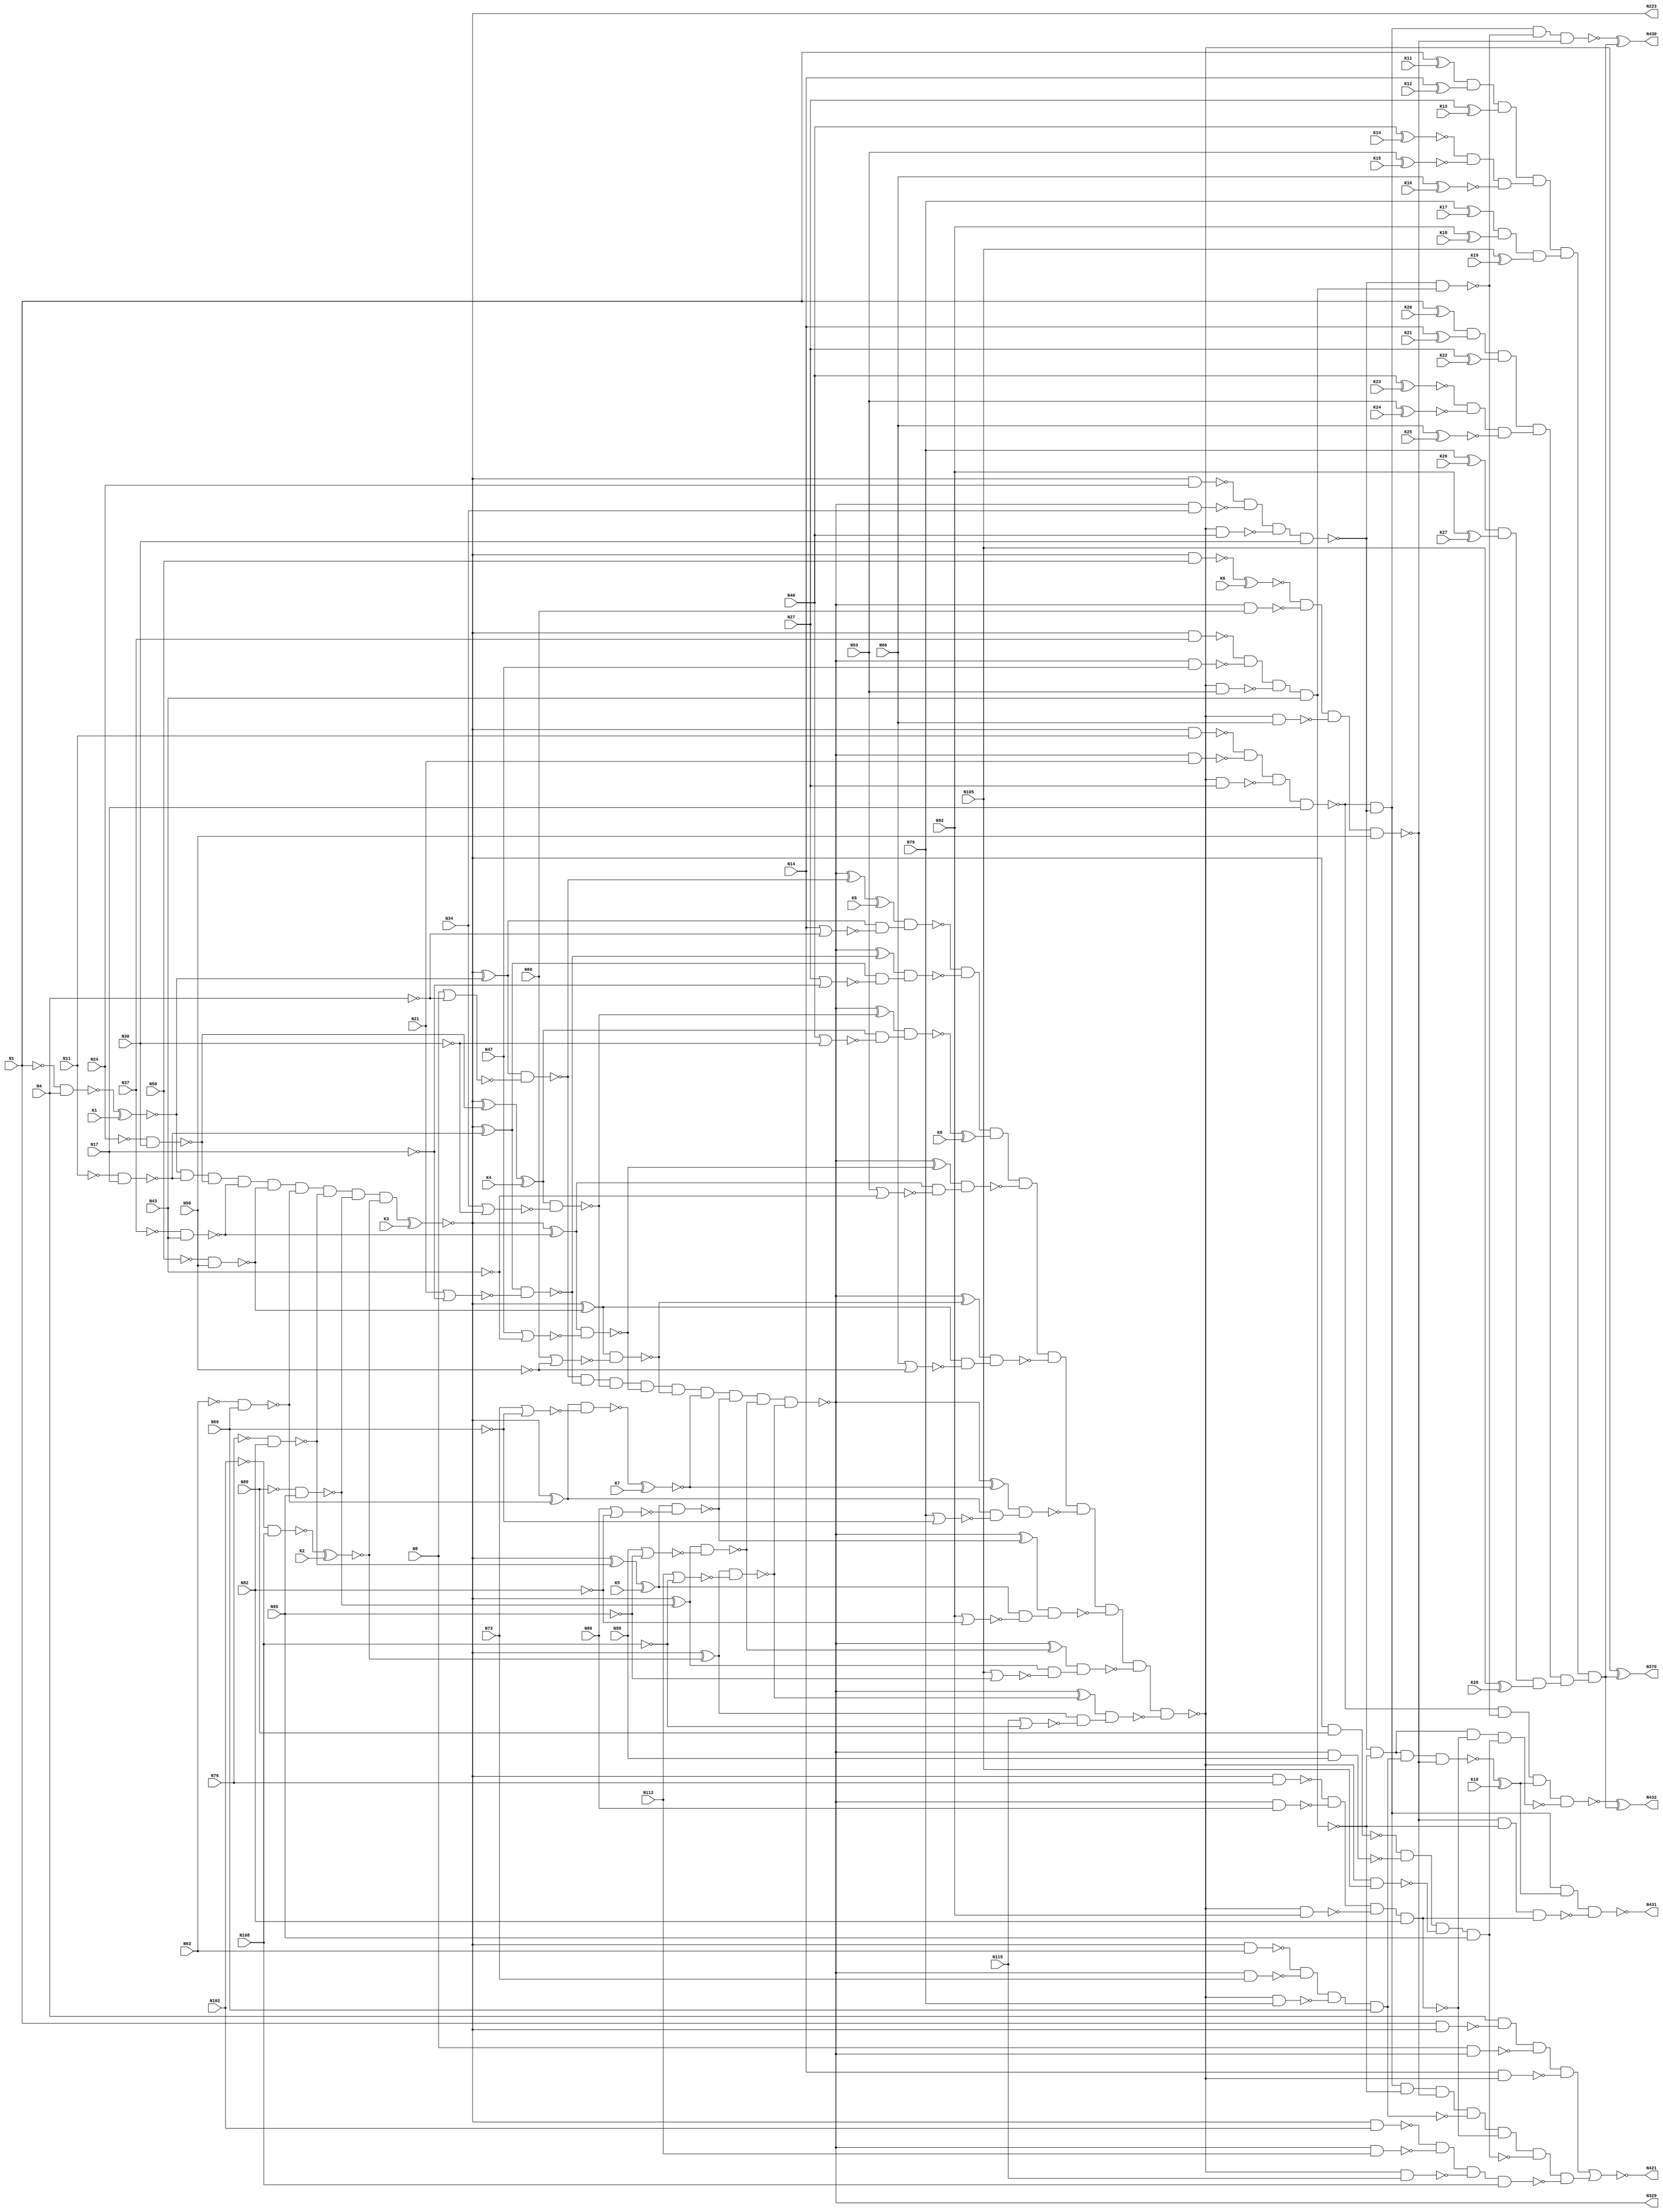
`timescale 1ns / 1ps
//////////////////////////////////////////////////////////////////////////////////
// Company: 
// Engineer: 
// 
// Design Name: 
// Module Name: c432
// Project Name: 
// Target Devices: 
// Tool Versions: 
// Description: 
// 
// Dependencies: 
// 
// Revision:
// Revision 0.01 - File Created
// Additional Comments:
// 
//////////////////////////////////////////////////////////////////////////////////


module c432_antisat (N1,N4,N8,N11,N14,N17,N21,N24,N27,N30,
             N34,N37,N40,N43,N47,N50,N53,N56,N60,N63,
             N66,N69,N73,N76,N79,N82,N86,N89,N92,N95,
             N99,N102,N105,N108,N112,N115,K1,K2,K3,K4,K5,K6,K7,K8,K9,K10,K11,K12,K13,K14,K15,K16,K17,K18,K19,K20,K21,K22,K23,K24,K25,K26,K27,K28,N223,N329,N370,N421,
             N430,N431,N432);

input N1,N4,N8,N11,N14,N17,N21,N24,N27,N30,
      N34,N37,N40,N43,N47,N50,N53,N56,N60,N63,
      N66,N69,N73,N76,N79,N82,N86,N89,N92,N95,
      N99,N102,N105,N108,N112,N115,K1,K2,K3,K4,K5,K6,K7,K8,K9,K10,K11,K12,K13,K14,K15,K16,K17,K18,K19,K20,K21,K22,K23,K24,K25,K26,K27,K28;

output N223,N329,N370,N421,N430,N431,N432;

wire N118,N119,N122,N123,N126,N127,N130,N131,N134,N135,
     N138,N139,N142,N143,N146,N147,N150,N151,N154,N157,
     N158,N159,N162,N165,N168,N171,N174,N177,N180,N183,
     N184,N185,N186,N187,N188,N189,N190,N191,N192,N193,
     N194,N195,N196,N197,N198,N199,N203,N213,N224,N227,
     N230,N233,N236,N239,N242,N243,N246,N247,N250,N251,
     N254,N255,N256,N257,N258,N259,N260,N263,N264,N267,
     N270,N273,N276,N279,N282,N285,N288,N289,N290,N291,
     N292,N293,N294,N295,N296,N300,N301,N302,N303,N304,
     N305,N306,N307,N308,N309,N319,N330,N331,N332,N333,
     N334,N335,N336,N337,N338,N339,N340,N341,N342,N343,
     N344,N345,N346,N347,N348,N349,N350,N351,N352,N353,
     N354,N355,N356,N357,N360,N371,N372,N373,N374,N375,
     N376,N377,N378,N379,N380,N381,N386,N393,N399,N404,
     N407,N411,N414,N415,N416,N417,N418,N419,N420,N422,
     N425,N428,N429;

not NOT1_1 (N118, N1);
not NOT1_2 (N119, N4);
not NOT1_3 (N122, N11);
not NOT1_4 (N123, N17);
not NOT1_5 (N126, N24);
not NOT1_6 (N127, N30);
not NOT1_7 (N130, N37);
not NOT1_8 (N131, N43);
not NOT1_9 (N134, N50);
not NOT1_10 (N135, N56);
not NOT1_11 (N138, N63);
not NOT1_12 (N139, N69);
not NOT1_13 (N142, N76);
not NOT1_14 (N143, N82);
not NOT1_15 (N146, N89);
not NOT1_16 (N147, N95);
not NOT1_17 (N150, N102);
not NOT1_18 (N151, N108);
nand NAND2_19 (N154, N118, N4);
nor NOR2_20 (N157, N8, N119);
nor NOR2_21 (N158, N14, N119);
nand NAND2_22 (N159, N122, N17);
nand NAND2_23 (N162, N126, N30);
nand NAND2_24 (N165, N130, N43);
nand NAND2_25 (N168, N134, N56);
nand NAND2_26 (N171, N138, N69);
nand NAND2_27 (N174, N142, N82);
nand NAND2_28 (N177, N146, N95);
nand NAND2_29 (N180, N150, N108);
nor NOR2_30 (N183, N21, N123);
nor NOR2_31 (N184, N27, N123);
nor NOR2_32 (N185, N34, N127);
nor NOR2_33 (N186, N40, N127);
nor NOR2_34 (N187, N47, N131);
nor NOR2_35 (N188, N53, N131);
nor NOR2_36 (N189, N60, N135);
nor NOR2_37 (N190, N66, N135);
nor NOR2_38 (N191, N73, N139);
nor NOR2_39 (N192, N79, N139);
nor NOR2_40 (N193, N86, N143);
nor NOR2_41 (N194, N92, N143);
nor NOR2_42 (N195, N99, N147);
nor NOR2_43 (N196, N105, N147);
nor NOR2_44 (N197, N112, N151);
nor NOR2_45 (N198, N115, N151);
and AND9_46 (N199, G451gat, N159, N162, N165, N168, N171, N174, N177, G452gat);
not NOT1_47 (N203, G454gat);
not NOT1_48 (N213, G454gat);
not NOT1_49 (N223, G454gat);
xor XOR2_50 (N224, N203, G451gat);
xor XOR2_51 (N227, N203, N159);
xor XOR2_52 (N230, N203, N162);
xor XOR2_53 (N233, N203, N165);
xor XOR2_54 (N236, N203, N168);
xor XOR2_55 (N239, N203, N171);
nand NAND2_56 (N242, N1, N213);
xor XOR2_57 (N243, N203, N174);
nand NAND2_58 (N246, N213, N11);
xor XOR2_59 (N247, N203, N177);
nand NAND2_60 (N250, N213, N24);
xor XOR2_61 (N251, N203, G452gat);
nand NAND2_62 (N254, N213, N37);
nand NAND2_63 (N255, N213, N50);
nand NAND2_64 (N256, N213, N63);
nand NAND2_65 (N257, N213, N76);
nand NAND2_66 (N258, N213, N89);
nand NAND2_67 (N259, N213, N102);
nand NAND2_68 (N260, N224, N157);
nand NAND2_69 (N263, N224, N158);
nand NAND2_70 (N264, N227, N183);
nand NAND2_71 (N267, G455gat, N185);
nand NAND2_72 (N270, N233, N187);
nand NAND2_73 (N273, N236, N189);
nand NAND2_74 (N276, N239, N191);
nand NAND2_75 (N279, G457gat, N193);
nand NAND2_76 (N282, N247, N195);
nand NAND2_77 (N285, N251, N197);
nand NAND2_78 (N288, N227, N184);
nand NAND2_79 (N289, G455gat, N186);
nand NAND2_80 (N290, N233, N188);
nand NAND2_81 (N291, N236, N190);
nand NAND2_82 (N292, N239, N192);
nand NAND2_83 (N293, G457gat, N194);
nand NAND2_84 (N294, N247, N196);
nand NAND2_85 (N295, N251, N198);
and AND9_86 (N296, N260, N264, N267, N270, N273, G460gat, N279, N282, N285);
not NOT1_87 (N300, N263);
not NOT1_88 (N301, N288);
not NOT1_89 (N302, N289);
not NOT1_90 (N303, N290);
not NOT1_91 (N304, N291);
not NOT1_92 (N305, N292);
not NOT1_93 (N306, N293);
not NOT1_94 (N307, N294);
not NOT1_95 (N308, N295);
not NOT1_96 (N309, N296);
not NOT1_97 (N319, N296);
not NOT1_98 (N329, N296);
xor XOR2_99 (N330, N309, N260);
xor XOR2_100 (N331, N309, N264);
xor XOR2_101 (N332, N309, N267);
xor XOR2_102 (N333, N309, N270);
nand NAND2_103 (N334, N8, N319);
xor XOR2_104 (N335, N309, N273);
nand NAND2_105 (N336, N319, N21);
xor XOR2_106 (N337, N309, G460gat);
nand NAND2_107 (N338, N319, N34);
xor XOR2_108 (N339, N309, N279);
nand NAND2_109 (N340, N319, N47);
xor XOR2_110 (N341, N309, N282);
nand NAND2_111 (N342, N319, N60);
xor XOR2_112 (N343, N309, N285);
nand NAND2_113 (N344, N319, N73);
nand NAND2_114 (N345, N319, N86);
nand NAND2_115 (N346, N319, N99);
nand NAND2_116 (N347, N319, N112);
nand NAND2_117 (N348, G462gat, N300);
nand NAND2_118 (N349, N331, N301);
nand NAND2_119 (N350, N332, N302);
nand NAND2_120 (N351, N333, N303);
nand NAND2_121 (N352, N335, N304);
nand NAND2_122 (N353, N337, N305);
nand NAND2_123 (N354, N339, N306);
nand NAND2_124 (N355, N341, N307);
nand NAND2_125 (N356, N343, N308);
and AND9_126 (N357, N348, N349, G463gat, N351, N352, N353, N354, N355, N356);
not NOT1_127 (N360, N357);
not NOT1_128 (G493gat, N357);
nand NAND2_129 (N371, N14, N360);
nand NAND2_130 (N372, N360, N27);
nand NAND2_131 (N373, N360, N40);
nand NAND2_132 (N374, N360, N53);
nand NAND2_133 (N375, N360, N66);
nand NAND2_134 (N376, N360, N79);
nand NAND2_135 (N377, N360, N92);
nand NAND2_136 (N378, N360, N105);
nand NAND2_137 (N379, N360, N115);
nand NAND4_138 (N380, N4, N242, N334, N371);
nand NAND4_139 (N381, N246, N336, N372, N17);
nand NAND4_140 (N386, N250, N338, N373, N30);
nand NAND4_141 (N393, N254, N340, N374, N43);
nand NAND4_142 (N399, G458gat, N342, N375, N56);
nand NAND4_143 (N404, N256, N344, N376, N69);
nand NAND4_144 (N407, N257, N345, N377, N82);
nand NAND4_145 (N411, N258, N346, N378, N95);
nand NAND4_146 (N414, N259, N347, N379, N108);
not NOT1_147 (N415, N380);
and AND8_148 (N416, N381, N386, N393, N399, N404, N407, N411, N414);
not NOT1_149 (N417, N393);
not NOT1_150 (N418, N404);
not NOT1_151 (N419, N407);
not NOT1_152 (N420, N411);
nor NOR2_153 (N421, N415, N416);
nand NAND2_154 (N422, N386, N417);
nand NAND4_155 (N425, N386, N393, N418, N399);
nand NAND3_156 (N428, N399, N393, N419);
nand NAND4_157 (N429, N386, N393, N407, N420);
nand NAND4_158 (G494gat, N381, N386, N422, N399);
nand NAND4_159 (N431, N381, N386, G465gat, N428);
nand NAND4_160 (G495gat, N381, N422, G465gat, N429);

xor x1 (G450gat, N154, K1);
not n1(G451gat, G450gat);
xnor x2 (G452gat, N180, K2);
xnor x3 (G453gat, N199, K3);
not n2(G454gat, G453gat);
xor x4 (G455gat, N230, K4);
xnor x5 (G456gat, N243, K5);
not n3(G457gat, G456gat);
xnor x6 (G458gat, N255, K6);
xor x7 (G459gat, N276, K7);
not n4(G460gat, G459gat);
xnor x8 (G461gat, N330, K8);
not n5(G462gat, G461gat);
xor x9 (G463gat, N350, K9);
xnor x10 (G464gat, N425, K10);
not n6(G465gat, G464gat); 

xor x11 (G466gat, N1, K11);
xor x12 (G467gat, N14, K12);
xor x13 (G468gat, N27, K13);
xnor x14 (G469gat, N40, K14);
xnor x15 (G470gat, N53, K15);
xnor x16 (G471gat, N66, K16);
xor x17 (G472gat, N79, K17);
xor x18 (G473gat, N92, K18);
xor x19 (G474gat, N105, K19);
xor x20 (G475gat, N1, K20);
xor x21 (G476gat, N14, K21);
xor x22 (G477gat, N27, K22);
xnor x23 (G478gat, N40, K23);
xnor x24 (G479gat, N53, K24);
xnor x25 (G480gat, N66, K25);
xor x26 (G481gat, N79, K26);
xor x27 (G482gat, N92, K27);
xor x28 (G483gat, N105, K28);
and a1 (G484gat, G466gat, G467gat, G468gat);
and a2 (G485gat, G469gat, G470gat, G471gat);
and a3 (G486gat, G472gat, G473gat, G474gat);
and a4 (G490gat, G484gat, G485gat, G486gat);
and a5 (G487gat, G475gat, G476gat, G477gat);
and a6 (G488gat, G478gat, G479gat, G480gat);
and a7 (G489gat, G481gat, G482gat, G483gat);
and a8 (G491gat, G487gat, G488gat, G489gat);
and a9 (G492gat, G490gat, G491gat);
xor x29 (N370, G493gat, G492gat);
xor x30 (N430, G494gat, G492gat);
xor x31 (N432, G495gat, G492gat);
endmodule